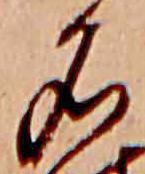
名